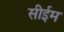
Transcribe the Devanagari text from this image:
सीईम